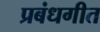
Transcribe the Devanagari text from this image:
प्रबंधगीत